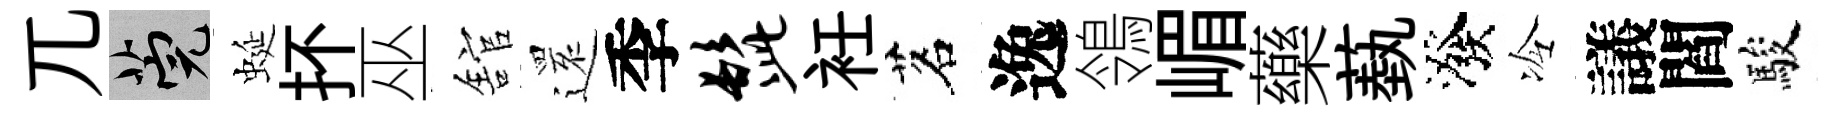
兀筦蜒抔巫舘𮟃季髭衽茗逸鴒嵋藥蓺潑冷議閻駿